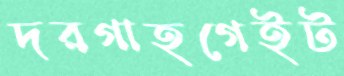
দরগাহগেইট